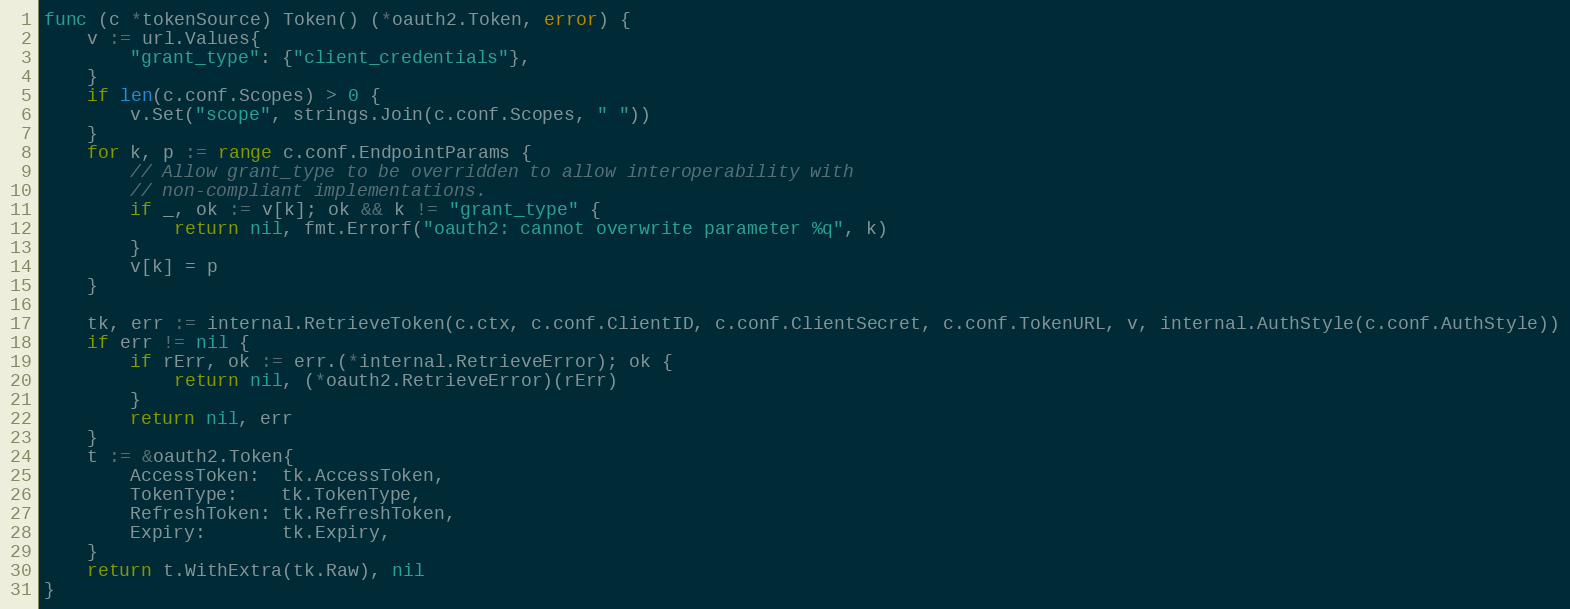
Language: Go
func (c *tokenSource) Token() (*oauth2.Token, error) {
	v := url.Values{
		"grant_type": {"client_credentials"},
	}
	if len(c.conf.Scopes) > 0 {
		v.Set("scope", strings.Join(c.conf.Scopes, " "))
	}
	for k, p := range c.conf.EndpointParams {
		// Allow grant_type to be overridden to allow interoperability with
		// non-compliant implementations.
		if _, ok := v[k]; ok && k != "grant_type" {
			return nil, fmt.Errorf("oauth2: cannot overwrite parameter %q", k)
		}
		v[k] = p
	}

	tk, err := internal.RetrieveToken(c.ctx, c.conf.ClientID, c.conf.ClientSecret, c.conf.TokenURL, v, internal.AuthStyle(c.conf.AuthStyle))
	if err != nil {
		if rErr, ok := err.(*internal.RetrieveError); ok {
			return nil, (*oauth2.RetrieveError)(rErr)
		}
		return nil, err
	}
	t := &oauth2.Token{
		AccessToken:  tk.AccessToken,
		TokenType:    tk.TokenType,
		RefreshToken: tk.RefreshToken,
		Expiry:       tk.Expiry,
	}
	return t.WithExtra(tk.Raw), nil
}